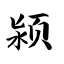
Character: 颍